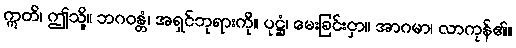
ဣတိ၊ ဤသို့။ ဘဂဝန္တံ၊ အရှင်ဘုရားကို။ ပုဋ္ဌုံ၊ မေးခြင်းငှာ။ အာဂမာ၊ လာကုန်၏။